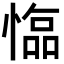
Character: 𢠑